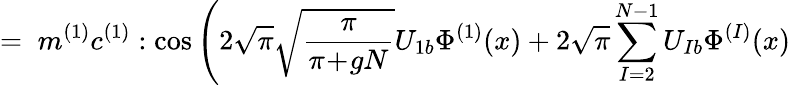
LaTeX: =\; m^{(1)}c^{(1)}:\cos\Bigg(2\sqrt{\pi}\sqrt{\frac{\pi}{\pi\! +\! gN}}U_{1b}\Phi^{(1)}(x)+2\sqrt{\pi}\sum_{I=2}^{N-1}U_{Ib}\Phi^{(I)}(x)